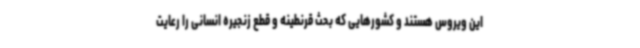
این ویروس هستند و کشورهایی که بحث قرنطینه و قطع زنجیره انسانی را رعایت